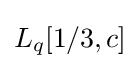
L_{q}[1/3,c]